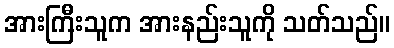
အားကြီးသူက အားနည်းသူကို သတ်သည်။